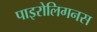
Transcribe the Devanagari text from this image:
पाइरोलिगनस